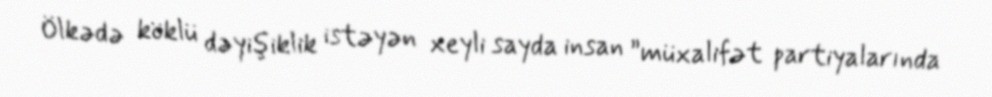
Ölkədə köklü dəyişiklik istəyən xeyli sayda insan ”müxalifət partiyalarında